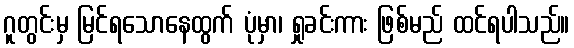
ဂူတွင်းမှ မြင်ရသောနေထွက် ပုံမှာ၊ ရှုခင်းကား ဖြစ်မည် ထင်ရပါသည်။